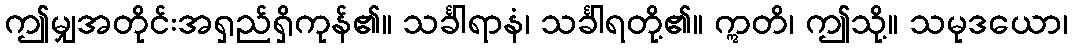
ဤမျှအတိုင်းအရှည်ရှိကုန်၏။ သင်္ခါရာနံ၊ သင်္ခါရတို့၏။ ဣတိ၊ ဤသို့။ သမုဒယော၊